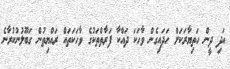
އަދި ދީން ހަތިޔާރަކަށް ހަދައިގެން ވާހަކަ ދައްކާ ފަރާތްތަކުގެ ވާހަކަތައް ރައްޔިތުން ގަބޫލުނުކުރާނެ